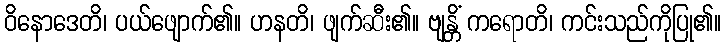
ဝိနောဒေတိ၊ ပယ်ဖျောက်၏။ ဟနတိ၊ ဖျက်ဆီး၏။ ဗျန္တိံ ကရောတိ၊ ကင်းသည်ကိုပြု၏။